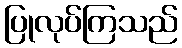
ပြုလုပ်ကြသည်